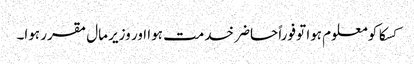
کسکا کو معلوم ہوا تو فوراً حاضر خدمت ہوا اور وزیر مال مقرر ہوا۔